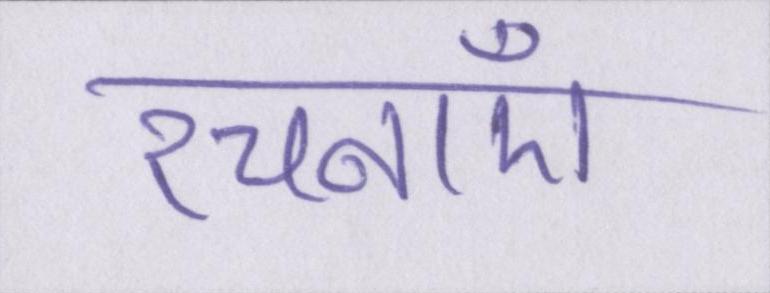
रचनाएँ